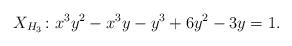
LaTeX: \begin{align*}X_{H_3}\colon x^3y^2 - x^3y - y^3 + 6y^2 - 3y = 1.\end{align*}